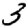
Digit: 3